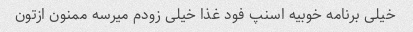
خیلی برنامه خوبیه اسنپ فود غذا خیلی زودم میرسه ممنون ازتون